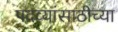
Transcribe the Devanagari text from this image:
पदव्यांसाठीच्या